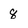
Character: 8